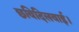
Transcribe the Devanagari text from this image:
छविदिलवाई।